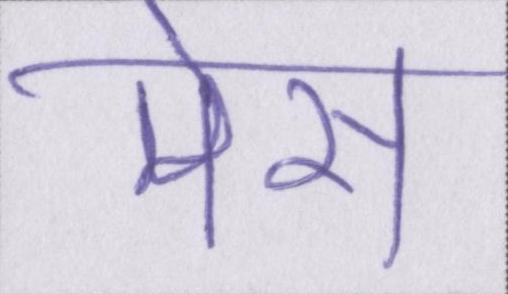
मेस